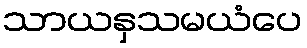
သာယနှသမယံပေ